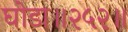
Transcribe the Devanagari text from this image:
घोडा॥२५२॥